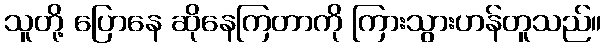
သူတို့ ပြောနေ ဆိုနေကြတာကို ကြားသွားဟန်တူသည်။